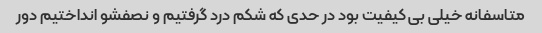
متاسفانه خیلی بی کیفیت بود در حدی که شکم درد گرفتیم و نصفشو انداختیم دور